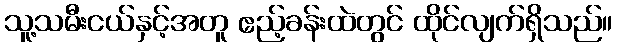
သူ့သမီးငယ်နှင့်အတူ ဧည့်ခန်းထဲတွင် ထိုင်လျက်ရှိသည်။